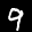
Label: 9